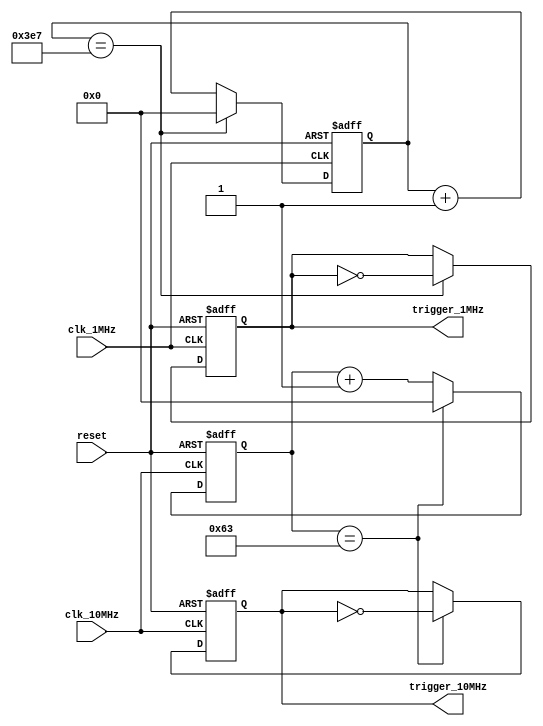
module Multirate_timer (
    input wire clk_1MHz,
    input wire clk_10MHz,
    input wire reset,
    output reg trigger_1MHz,
    output reg trigger_10MHz
);

reg [9:0] count_1MHz;
reg [9:0] count_10MHz;
reg [4:0] delay_count;

always @(posedge clk_1MHz or posedge reset) begin
    if (reset) begin
        count_1MHz <= 0;
        trigger_1MHz <= 0;
    end else begin
        if (count_1MHz == 999) begin
            count_1MHz <= 0;
            trigger_1MHz <= ~trigger_1MHz;
        end else begin
            count_1MHz <= count_1MHz + 1;
        end
    end
end

always @(posedge clk_10MHz or posedge reset) begin
    if (reset) begin
        count_10MHz <= 0;
        trigger_10MHz <= 0;
    end else begin
        if (count_10MHz == 99) begin
            count_10MHz <= 0;
            trigger_10MHz <= ~trigger_10MHz;
        end else begin
            count_10MHz <= count_10MHz + 1;
        end
    end
end

always @(posedge clk_1MHz or posedge reset) begin
    if (reset) begin
        delay_count <= 0;
    end else begin
        if (delay_count == 31) begin
            delay_count <= 0;
        end else begin
            delay_count <= delay_count + 1;
        end
    end
end

endmodule